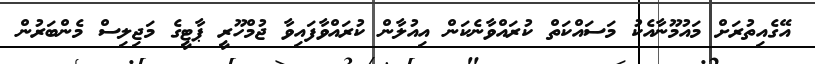
އޭގެއިތުރަށް މައުމޫނާއެކު މަސައްކަތް ކުރައްވާނެކަން އިއުލާން ކުރައްވާފައިވާ ޖުމްހޫރީ ޕާޓީގެ މަޖިލިސް މެންބަރުން